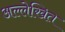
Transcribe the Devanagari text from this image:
अल्लेखित